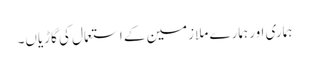
ہماری اور ہمارے ملازمین کے استعمال کی گاڑیاں۔